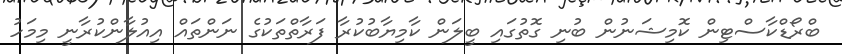
ބްރޯޑްކާސްޓިން ކޮމިޝަނުން ބުނި ގޮތުގައި ބީލަން ކާމިޔާބުކުރާ ފަރާތްތަކުގެ ނަންތައް އިއުލާންކުރާނީ މިމަހު